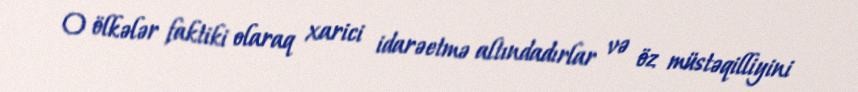
O ölkələr faktiki olaraq xarici idarəetmə altındadırlar və öz müstəqilliyini